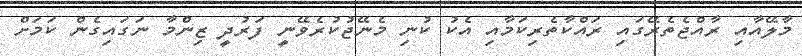
މާލޭއާއި ރާއްޖެތެރޭގައި ރައްކާތެރިކަމާއި އެކު ކުނި މެނޭޖުކުރެވޭނީ ފަރުދީ ޒިންމާ ނަގައިގެން ކަމަށް